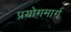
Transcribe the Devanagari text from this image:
प्रयोगमार्ग